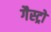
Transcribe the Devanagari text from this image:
गैस्‍ट्रो